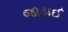
જાડાઈ